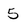
Character: 5